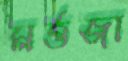
মর্ত্তজা